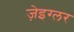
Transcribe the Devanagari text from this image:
ज़ेइग्लर